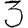
Digit: 3